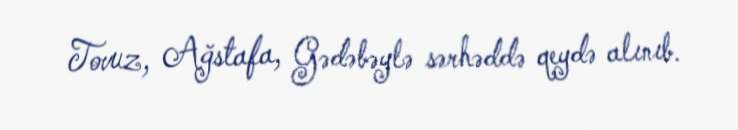
Tovuz, Ağstafa, Gədəbəylə sərhəddə qeydə alınıb.